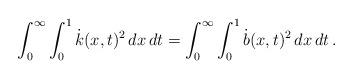
LaTeX: \begin{align*} \int_0^\infty\int_0^1 \dot k(x,t)^2\,dx\,dt = \int_0^\infty\int_0^1 \dot b(x,t)^2\,dx\,dt \,.\end{align*}